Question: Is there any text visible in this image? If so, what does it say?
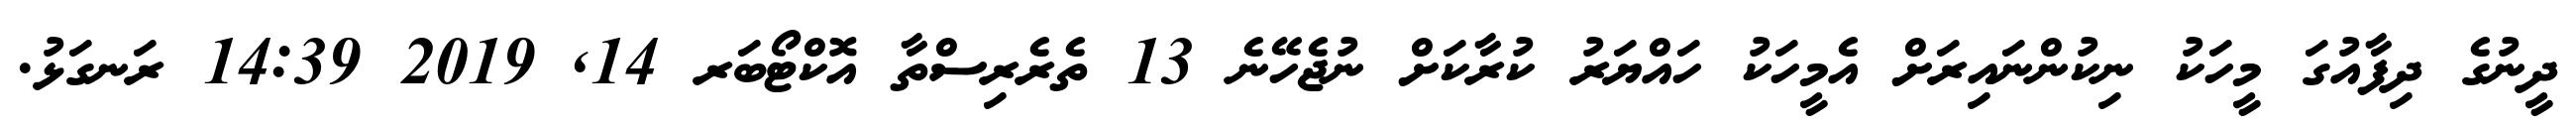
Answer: ދީނުގެ ދިފާއުގަ މީހަކު ނިކުންނައިރަށް އެމީހަކު ހައްޔަރު ކުރާކަށް ނުޖެހޭނެ 13 ތެރެރިސްތާ އޮކްޓޯބަރ 14, 2019 14:39 ރަނގަޅު.